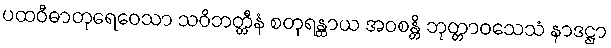
ပထဝီဓာတုရေဝေသာ သဝိဘတ္တီနံ စတုရန္တာယ အဝစန္တိ ဘုတ္တာဝသေသံ နာဒဋ္ဌာ